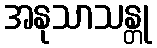
အနုသာသန္တု